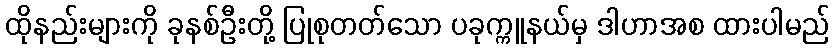
ထိုနည်းများကို ခုနစ်ဦးတို့ ပြုစုတတ်သော ပခုက္ကူနယ်မှ ဒါဟာအစ ထားပါမည်